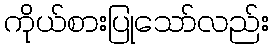
ကိုယ်စားပြုသော်လည်း